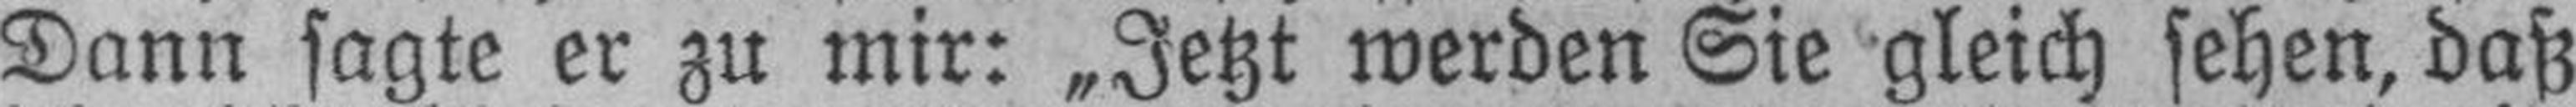
Dann sagte er zu mir: „Jetzt werden Sie gleich sehen, daß